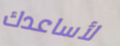
لأساعدك